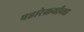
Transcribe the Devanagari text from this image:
पहारेकर्यांच्या